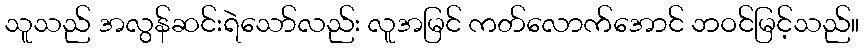
သူသည် အလွန်ဆင်းရဲသော်လည်း လူအမြင် ကတ်လောက်အောင် ဘဝင်မြင့်သည်။